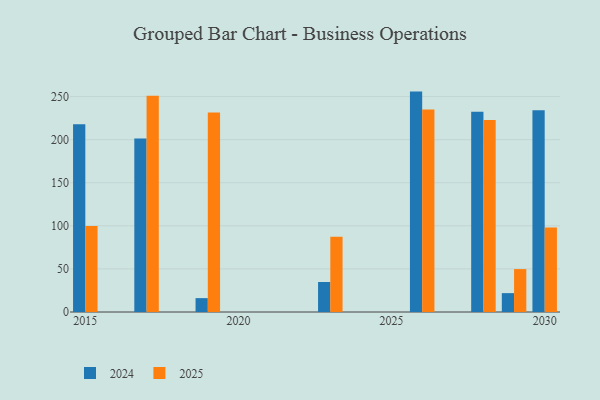
{"axis": {"x": "Year", "y": "Revenue (USD Million)"}, "legend": ["2024", "2025"], "data": [{"x": "2019", "y": 16.1, "type": "2024"}, {"x": "2019", "y": 231.4, "type": "2025"}, {"x": "2030", "y": 234.2, "type": "2024"}, {"x": "2030", "y": 98.0, "type": "2025"}, {"x": "2017", "y": 201.4, "type": "2024"}, {"x": "2017", "y": 250.9, "type": "2025"}, {"x": "2028", "y": 232.3, "type": "2024"}, {"x": "2028", "y": 222.9, "type": "2025"}, {"x": "2023", "y": 34.8, "type": "2024"}, {"x": "2023", "y": 87.2, "type": "2025"}, {"x": "2015", "y": 218.0, "type": "2024"}, {"x": "2015", "y": 99.8, "type": "2025"}, {"x": "2026", "y": 255.8, "type": "2024"}, {"x": "2026", "y": 235.0, "type": "2025"}, {"x": "2029", "y": 21.9, "type": "2024"}, {"x": "2029", "y": 49.8, "type": "2025"}]}